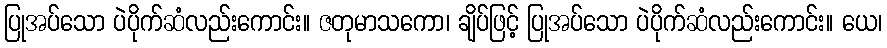
ပြုအပ်သော ပဲပိုက်ဆံလည်းကောင်း။ ဇတုမာသကော၊ ချိပ်ဖြင့် ပြုအပ်သော ပဲပိုက်ဆံလည်းကောင်း။ ယေ၊